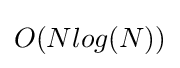
O(Nlog(N))